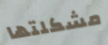
مشكلتها